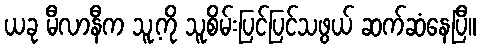
ယခု မီလာနီက သူ့ကို သူစိမ်းပြင်ပြင်သဖွယ် ဆက်ဆံနေပြီ။